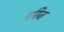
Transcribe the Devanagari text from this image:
एरिज